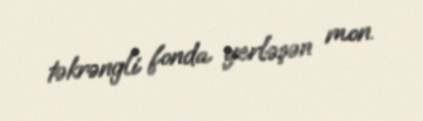
təkrəngli fonda yerləşən mon.